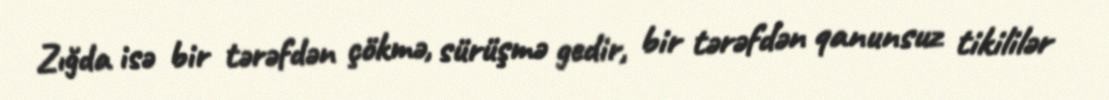
Zığda isə bir tərəfdən çökmə, sürüşmə gedir, bir tərəfdən qanunsuz tikililər